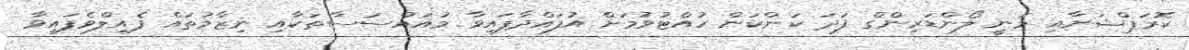
ކޮރަޕްޝަނާއި މަނީ ލޯންޑަރިންގް ފަދަ ކަންކަން ހުއްޓުވުމަށް އުފައްދާފައިވާ މުއައްސަސާތަކާއި ނިޒާމުތައް ފެއިލްވެފައިވާ